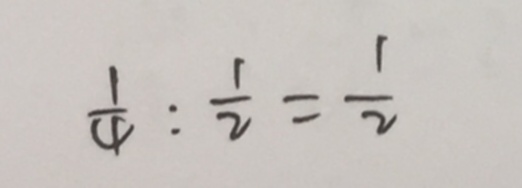
\frac { 1 } { 4 } : \frac { 1 } { 2 } = \frac { 1 } { 2 }